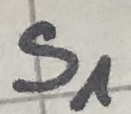
Text: S1